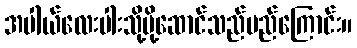
အပါယ်လေးပါးသို့ပို့ဆောင်သည်မည်ကြောင်း။